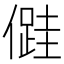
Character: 𠏠